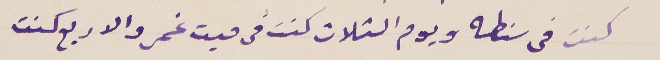
كنت في سنطه ويوم الثلات كنت فى ميت غمر والاربع كنت